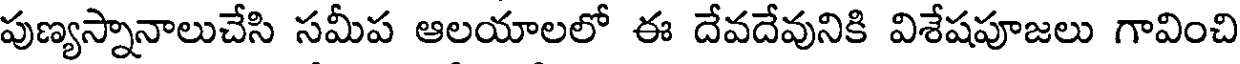
పుణ్యస్నానాలుచేసి సమీప ఆలయాలలో ఈ దేవదేవునికి విశేషపూజలు గావించి